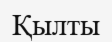
Қылты